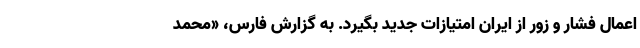
اعمال فشار و زور از ایران امتیازات جدید بگیرد. به گزارش فارس، «محمد